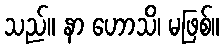
သည်။ နာ ဟောသိ၊ မဖြစ်။